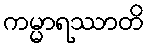
ကမ္မာရဿာတိ